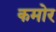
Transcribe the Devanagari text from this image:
कमोर